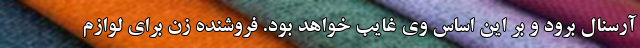
آرسنال برود و بر این اساس وی غایب خواهد بود. فروشنده زن برای لوازم